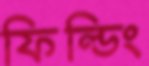
ফিল্ডিং